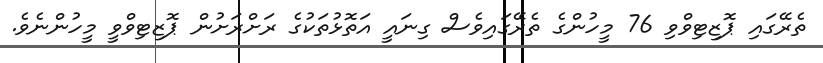
ތެރޭގައި ޕޮޒިޓިވްވި 76 މީހުންގެ ތެރޭގައިވެސް ގިނައީ އަތޮޅުތަކުގެ ރަށްރަށުން ޕޮޒިޓިވްވީ މީހުންނެވެ.